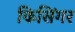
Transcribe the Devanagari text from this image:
किसिंगर